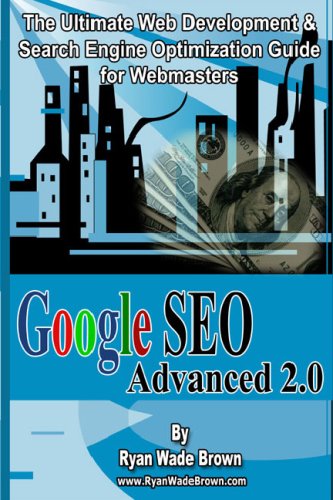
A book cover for Google Seo Advanced 2.0 Black & White Version: The Ultimate Web Development & Search Engine Optimization Guide For Webmasters; Ryan Wade Brown; Computers & Technology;